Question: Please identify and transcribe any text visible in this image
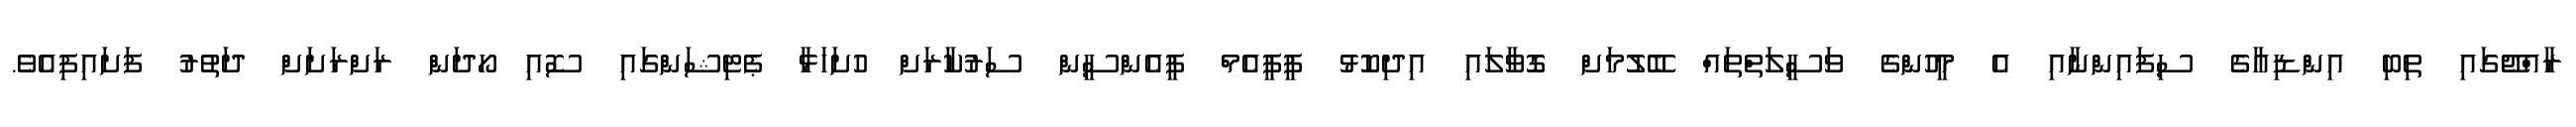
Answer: ރާއްޖޭގައި ތިބި އިންޑިއާގެ ސިފައިންނާއި އެ މީހުންގެ ވަސީލަތްތައް ބޭލުމަށް ގޮވާލައި އިދިކޮޅު ޕީޕީއެމް ޕީއެންސީން ސަރުކާރަށް ހުށަހަޅާ ޕެޓިޝަންގައި ސޮއި ހޯދަން ރަށްރަށަށް ދަތުރު ފަށައިފިއެވެ.